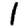
Digit: 1